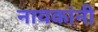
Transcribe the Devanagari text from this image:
नायकांनी